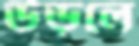
উড়লে